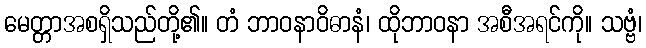
မေတ္တာအစရှိသည်တို့၏။ တံ ဘာဝနာဝိဓာနံ၊ ထိုဘာဝနာ အစီအရင်ကို။ သဗ္ဗံ၊